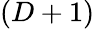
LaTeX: (D+1)